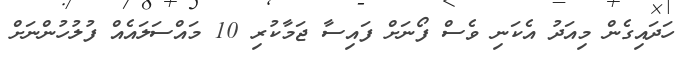
ހަދައިގެން މިއަދު އެކަނި ވެސް ފޯނަށް ފައިސާ ޖަމާކުރި 10 މައްސަލައެއް ފުލުހުންނަށް